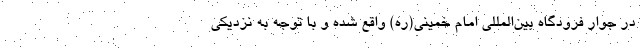
در جوار فرودگاه بین‌المللی امام خمینی(ره) واقع شده و با توجه به نزدیکی